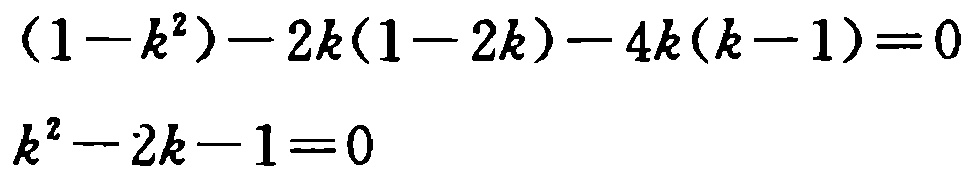
\((1 - k^{2}) - 2k(1 - 2k) - 4k(k - 1) = 0\)

\(k^{2} - 2k - 1 = 0\)